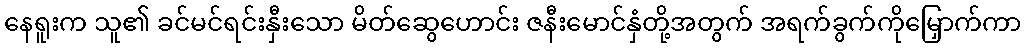
နေရူးက သူ၏ ခင်မင်ရင်းနှီးသော မိတ်ဆွေဟောင်း ဇနီးမောင်နှံတို့အတွက် အရက်ခွက်ကိုမြှောက်ကာ